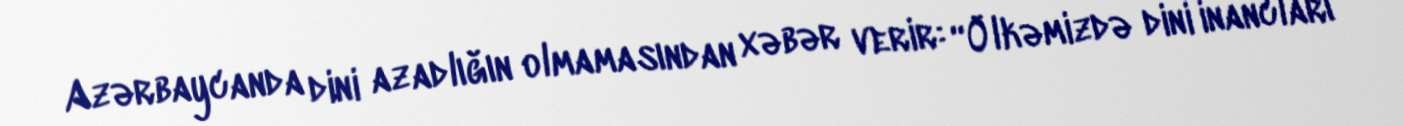
Azərbaycanda dini azadlığın olmamasından xəbər verir: “Ölkəmizdə dini inancları